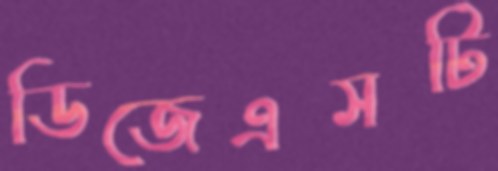
ডিজেএসটি